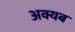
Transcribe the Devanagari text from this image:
अक्यब